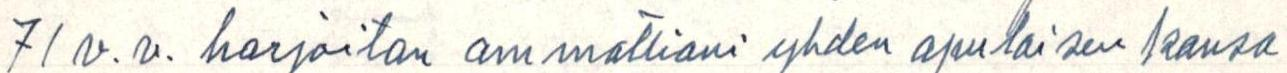
71 v v. harjoitan ammattiani yhden apulaisen kansa